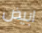
ابيض